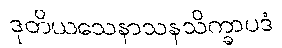
ဒုတိယသေနာသနသိက္ခာပဒံ